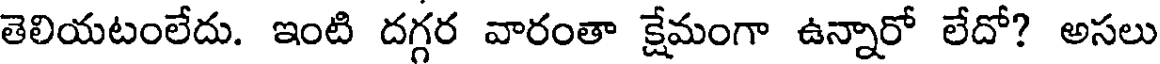
తెలియటంలేదు. ఇంటి దగ్గర వారంతా క్షేమంగా ఉన్నారో లేదో? అసలు